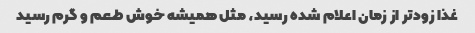
غذا زودتر از زمان اعلام شده رسید، مثل همیشه خوش طعم و گرم رسید